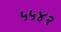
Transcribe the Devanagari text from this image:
५५४२